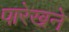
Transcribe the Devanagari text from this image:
पारेखने